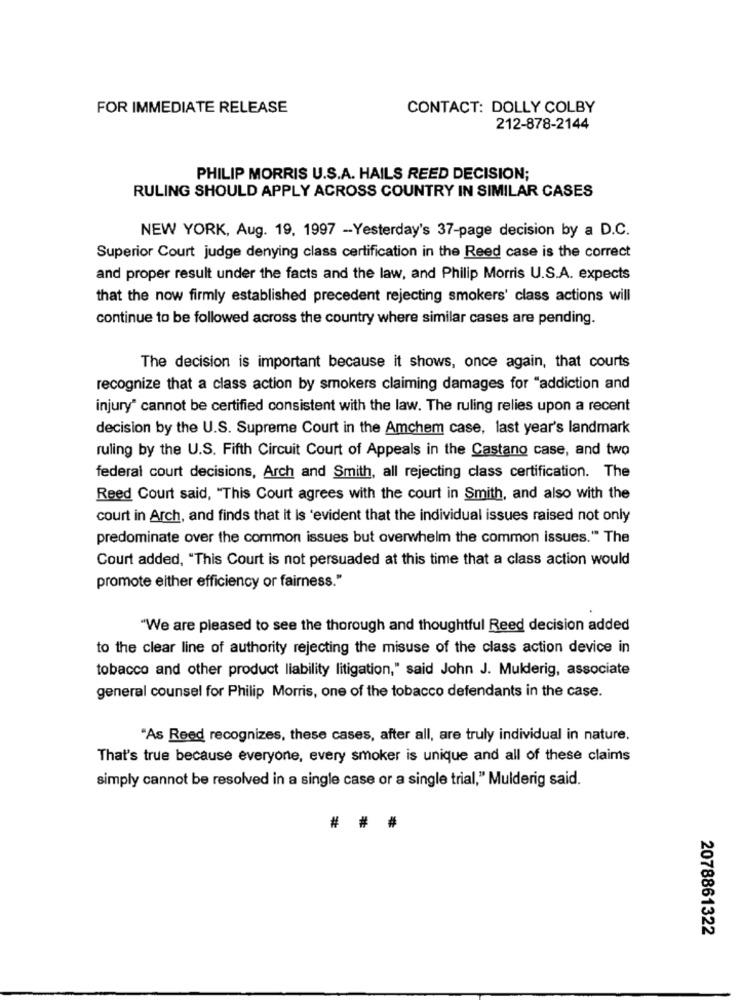
FOR IMMEDIATE RELEASE
CONTACT: DOLLY COLBY
212-878-2144
PHILIP MORRIS U.S.A. HAILS REED DECISION;
RULING SHOULD APPLY ACROSS COUNTRY IN SIMILAR CASES
NEW YORK, Aug. 19, 1997 -Yesterday's 37-page decision by a D.C.
Superior Court judge denying class certification in the Reed case is the correct
and proper result under the facts and the law, and Philip Morris U.S.A. expects
that the now firmly established precedent rejecting smokers' class actions will
continue to be followed across the country where similar cases are pending.
The decision is important because it shows, once again, that courts
recognize that a class action by smokers claiming damages for "addiction and
injury" cannot be certified consistent with the law. The ruling relies upon a recent
decision by the U.S. Supreme Court in the Amchem case, last year's landmark
ruling by the U.S. Fifth Circuit Court of Appeals in the Castano case, and two
federal court decisions, Arch and Smith, all rejecting class certification. The
Reed Court said, "This Court agrees with the court in Smith, and also with the
court in Arch, and finds that it is 'evident that the individual issues raised not only
predominate over the common issues but overwhelm the common issues." The
Court added, "This Court is not persuaded at this time that a class action would
promote either efficiency or fairness."
"We are pleased to see the thorough and thoughtful Reed decision added
to the clear line of authority rejecting the misuse of the class action device in
tobacco and other product liability litigation," said John J. Mulderig, associate
general counsel for Philip Morris, one of the tobacco defendants in the case.
"As Reed recognizes, these cases, after all, are truly individual in nature.
That's true because everyone, every smoker is unique and all of these claims
simply cannot be resolved in a single case or a single trial," Mulderig said.
###
2078861322